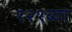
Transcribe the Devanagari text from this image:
१२१व्या